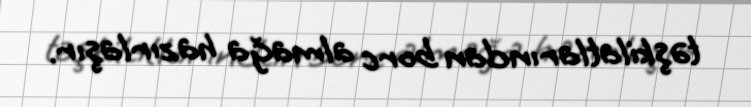
təşkilatlarından borc almağa hazırlaşır.